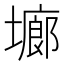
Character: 𭏱